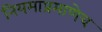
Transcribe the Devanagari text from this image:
नियमाप्रमाणेच